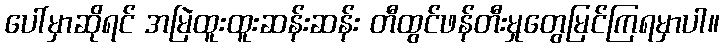
ပေါ်မှာဆိုရင် အမြဲထူးထူးဆန်းဆန်း တီထွင်ဖန်တီးမှုတွေမြင်ကြရမှာပါ။